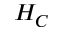
H _ { C }